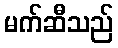
မက်ဆီသည်